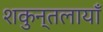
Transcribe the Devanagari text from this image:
शकुन्तलायाँ